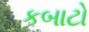
કબાટો